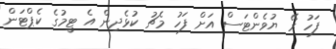
ފަހު ރޭ ޔުވެންޓަސް އަށް ފަހު މެޗު ކުޅެދިން އެ ޓީމުގެ ކެޕްޓަން